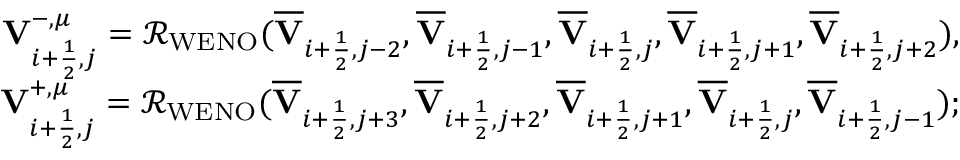
\begin{array} { r } { { \mathbf { V } } _ { i + \frac { 1 } { 2 } , j } ^ { - , \mu } = \mathcal { R } _ { \mathrm { W E N O } } ( \overline { { \mathbf { V } } } _ { i + \frac { 1 } { 2 } , j - 2 } , \overline { { \mathbf { V } } } _ { i + \frac { 1 } { 2 } , j - 1 } , \overline { { \mathbf { V } } } _ { i + \frac { 1 } { 2 } , j } , \overline { { \mathbf { V } } } _ { i + \frac { 1 } { 2 } , j + 1 } , \overline { { \mathbf { V } } } _ { i + \frac { 1 } { 2 } , j + 2 } ) , } \\ { { \mathbf { V } } _ { i + \frac { 1 } { 2 } , j } ^ { + , \mu } = \mathcal { R } _ { \mathrm { W E N O } } ( \overline { { \mathbf { V } } } _ { i + \frac { 1 } { 2 } , j + 3 } , \overline { { \mathbf { V } } } _ { i + \frac { 1 } { 2 } , j + 2 } , \overline { { \mathbf { V } } } _ { i + \frac { 1 } { 2 } , j + 1 } , \overline { { \mathbf { V } } } _ { i + \frac { 1 } { 2 } , j } , \overline { { \mathbf { V } } } _ { i + \frac { 1 } { 2 } , j - 1 } ) ; } \end{array}